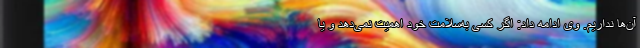
آن‌ها نداریم. وی ادامه داد: اگر کسی به‌سلامت خود اهمیت نمی‌دهد و یا